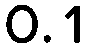
0.1